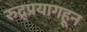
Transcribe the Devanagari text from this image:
रुद्र्प्रयागहून